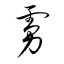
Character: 虜